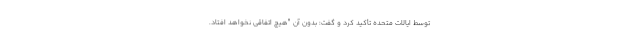
توسط ایالات متحده تأکید کرد و گفت: بدون آن "هیچ اتفاقی نخواهد افتاد.